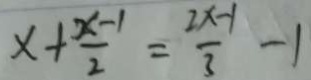
x + \frac { x - 1 } { 2 } = \frac { 2 x - 1 } { 3 } - 1